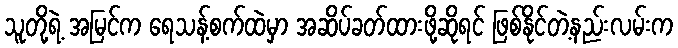
သူတို့ရဲ့ အမြင်က ရေသန့်စက်ထဲမှာ အဆိပ်ခတ်ထားဖို့ဆိုရင် ဖြစ်နိုင်တဲ့နည်းလမ်းက